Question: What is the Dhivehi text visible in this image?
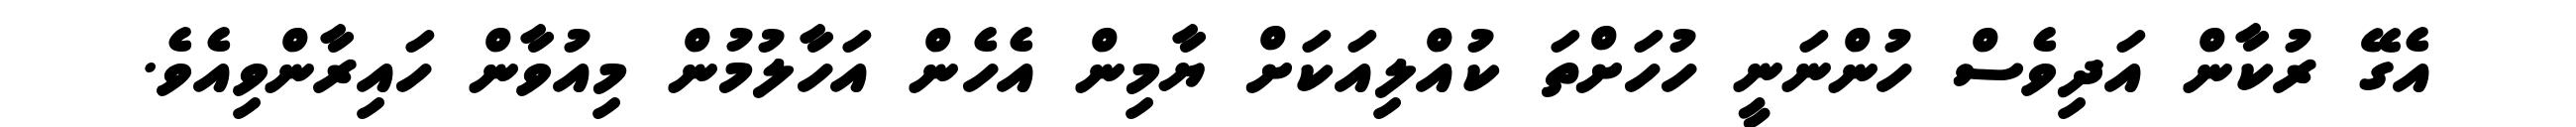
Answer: އެގޭ ރުކާން އަދިވެސް ހުންނަނީ ހުހަށްތަ ކުއްލިއަކަށް ޔާމިން އެހެން އަހާލުމުން މިއުވާން ހައިރާންވިއެވެ.